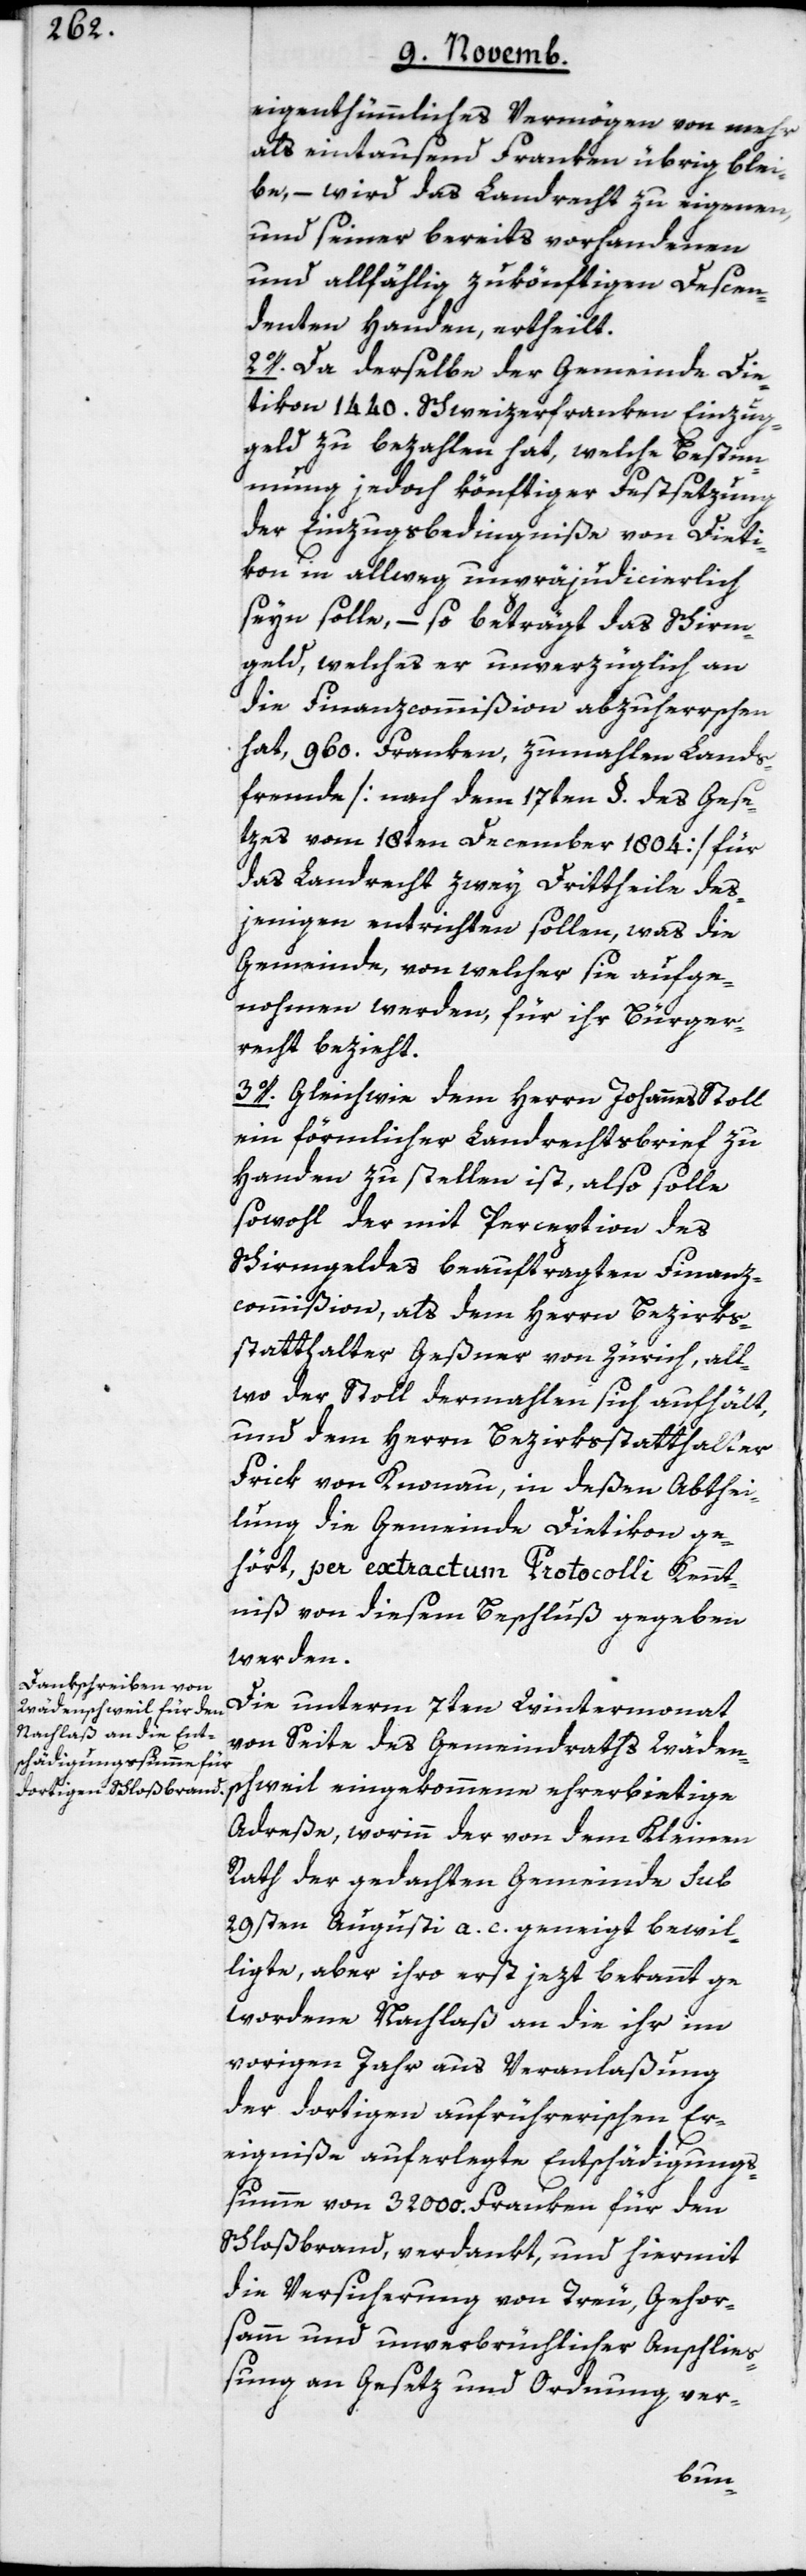
eigenthümmliches Vermögen von mehr
als eintausend Franken übrig blei¬
be, – wird das Landrecht zu eigenen,
und seiner bereits vorhandenen
und allfählig zukönftigen Descen¬
denten Handen, ertheilt.
2o. Da derselbe der Gemeinde Die¬
tikon 1440. Schweizerfranken Einzugs¬
geld zu bezahlen hat, welche Bestim¬
mung jedoch künftiger Festsetzung
der Einzugsbedingniße von Dieti¬
kon in allweg unpräjudicierlich
seyn solle, – so beträgt das Schirm¬
geld, welches er unverzüglich an
die Finanzcommißion abzuherrschen
hat, 960. Franken, zumahlen Lands¬
fremde [nach dem 17ten §. des Gese¬
tzes vom 18ten December 1804] für
das Landrecht zwey Drittheile des¬
jenigen entrichten sollen, was die
Gemeinde, von welcher sie aufge¬
nohmen werden, für ihr Bürger¬
recht bezieht.
3o. Gleichwie dem Herrn Johannes Stoll
ein förmlicher Landrechtsbrief zu
Handen zu stellen ist, also solle
sowohl der mit Perception des
Schirmgeldes beauftragten Finanz¬
commißion, als dem Herrn Bezirks¬
statthalter Geßner von Zürich, all¬
wo der Stoll dermahlen sich aufhält,
und dem Herrn Bezirksstatthalter
Frick von Knonau, in deßen Abthei¬
lung die Gemeinde Dietikon ge¬
hört, per extractum Protocolli Kennt¬
niß von diesem Beschluß gegeben
werden.
Die unterm 7ten Wintermonat
von Seite des Gemeindraths Wäden¬
schweil eingekommene ehrerbietige
Adreße, worinn der von dem Kleinen
Rath der gedachten Gemeinde sub
29sten Augusti a. c. geneigt bewil¬
ligte, aber ihro erst jezt bekannt ge¬
wordene Nachlaß an die ihr im
vorigen Jahr aus Veranlaßung
der dortigen aufrührerischen Er¬
eigniße auferlegte Entschädigungs¬
summe von 32000. Franken für den
Schloßbrand, verdankt, und hiermit
die Versicherung von Treu, Gehor¬
samm und unverbrüchlicher Anschließ¬
ung an Gesetz und Ordnung ver-